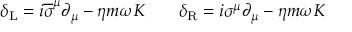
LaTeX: \delta _ { \mathrm { { L } } } = i { \overline { { \sigma } } } ^ { \mu } \partial _ { \mu } - \eta m \omega K \qquad \delta _ { \mathrm { { R } } } = i \sigma ^ { \mu } \partial _ { \mu } - \eta m \omega K